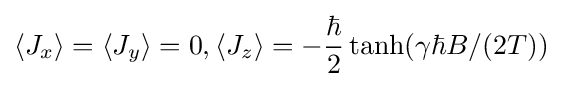
\langle J_{x}\rangle =\langle J_{y}\rangle =0,\langle J_{z}\rangle =-{\frac {\hbar }{2}}\tanh(\gamma \hbar B/(2T))